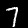
Digit: 7